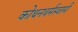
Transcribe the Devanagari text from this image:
कोथनधर्मस्वामी